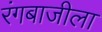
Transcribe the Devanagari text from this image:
रंगबाजीला